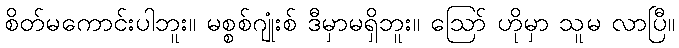
စိတ်မကောင်းပါဘူး။ မစ္စစ်ဂျုံးစ် ဒီမှာမရှိဘူး။ ဪ ဟိုမှာ သူမ လာပြီ။